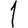
Digit: 1